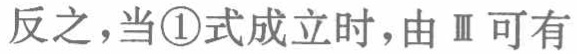
反之，当\textcircled{1}式成立时，由Ⅲ可有